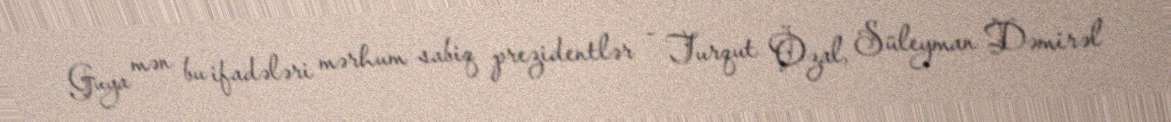
Guya mən bu ifadələri mərhum sabiq prezidentlər - Turqut Özal, Süleyman Dəmirəl